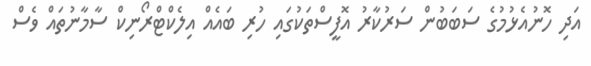
އަދި ހޮނުއެޅުމުގެ ސަބަބުން ސަރުކާރު އޮފީސްތަކުގައި ހުރި ބައެއް އިލެކްޓްރޯނިކް ސާމާނުތައް ވެސް